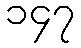
၁၄၇